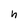
Character: h